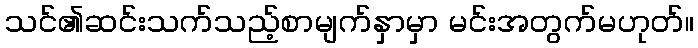
သင်၏ဆင်းသက်သည့်စာမျက်နှာမှာ မင်းအတွက်မဟုတ်။